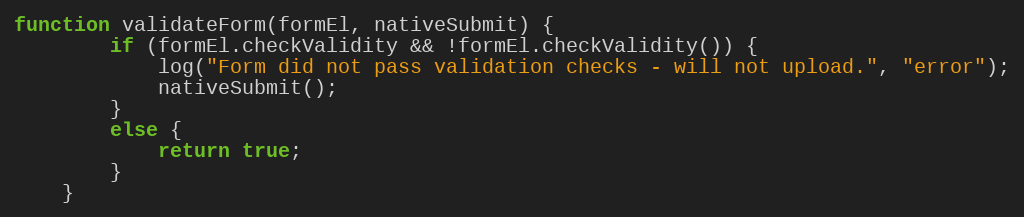
Language: JavaScript
function validateForm(formEl, nativeSubmit) {
        if (formEl.checkValidity && !formEl.checkValidity()) {
            log("Form did not pass validation checks - will not upload.", "error");
            nativeSubmit();
        }
        else {
            return true;
        }
    }